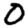
Digit: 0